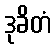
ဒုခိတံ